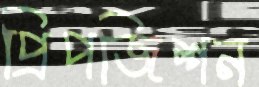
প্রিপজিশন